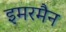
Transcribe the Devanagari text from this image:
इमरमैन